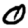
Digit: 0